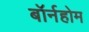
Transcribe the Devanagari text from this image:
बॉर्नहोम